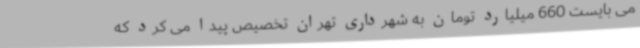
می بایست 660 میلیارد تومان به شهرداری تهران تخصیص پیدا می کرد که